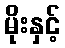
မိုးနှင့်